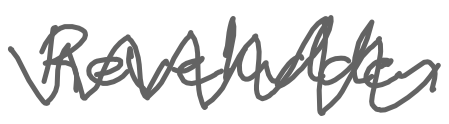
Text: Reveludden
Cross-out: zig-zag
Writing tool: digital_gray